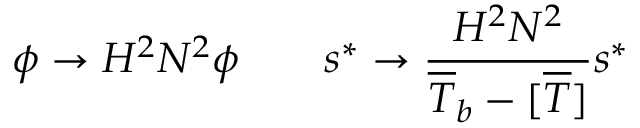
\phi \rightarrow H ^ { 2 } N ^ { 2 } \phi \qquad s ^ { * } \rightarrow \frac { H ^ { 2 } N ^ { 2 } } { \overline { { T } } _ { b } - [ \overline { { T } } ] } s ^ { * }